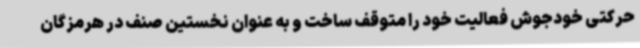
حرکتی خودجوش فعالیت خود را متوقف ساخت و به عنوان نخستین صنف در هرمزگان